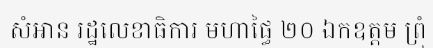
សំអាន រដ្ឋលេខាធិការ មហាផ្ធៃ ២០ ឯកឧត្តម ព្រុំ